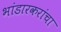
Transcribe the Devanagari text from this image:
भांडारकरांचा